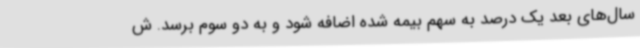
سال‌های بعد یک درصد به سهم بیمه شده اضافه شود و به دو سوم برسد. ش